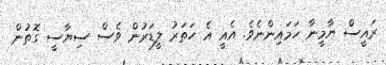
ރައީސް ޔާމީނާ ހަމައިންނެވެ. އެއީ އެ ހަތަރު ލީޑަރުން ވެސް ސިޔާސީ ގޮތުން